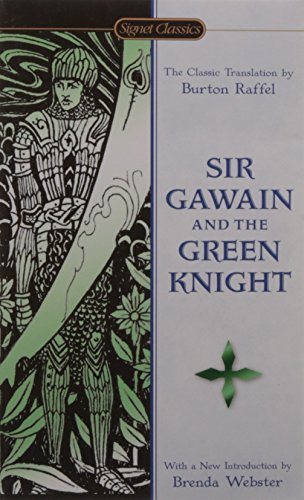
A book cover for Sir Gawain and the Green Knight (Signet Classics); Literature & Fiction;